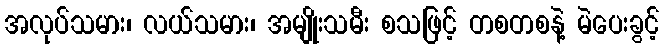
အလုပ်သမား၊ လယ်သမား၊ အမျိုးသမီး စသဖြင့် တစတစနဲ့ မဲပေးခွင့်